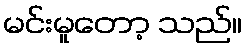
မင်းမူတော့ သည်။